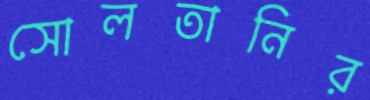
সোলতানির